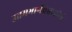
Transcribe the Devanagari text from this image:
उत्तमभार्गवेश्वरतीर्थ